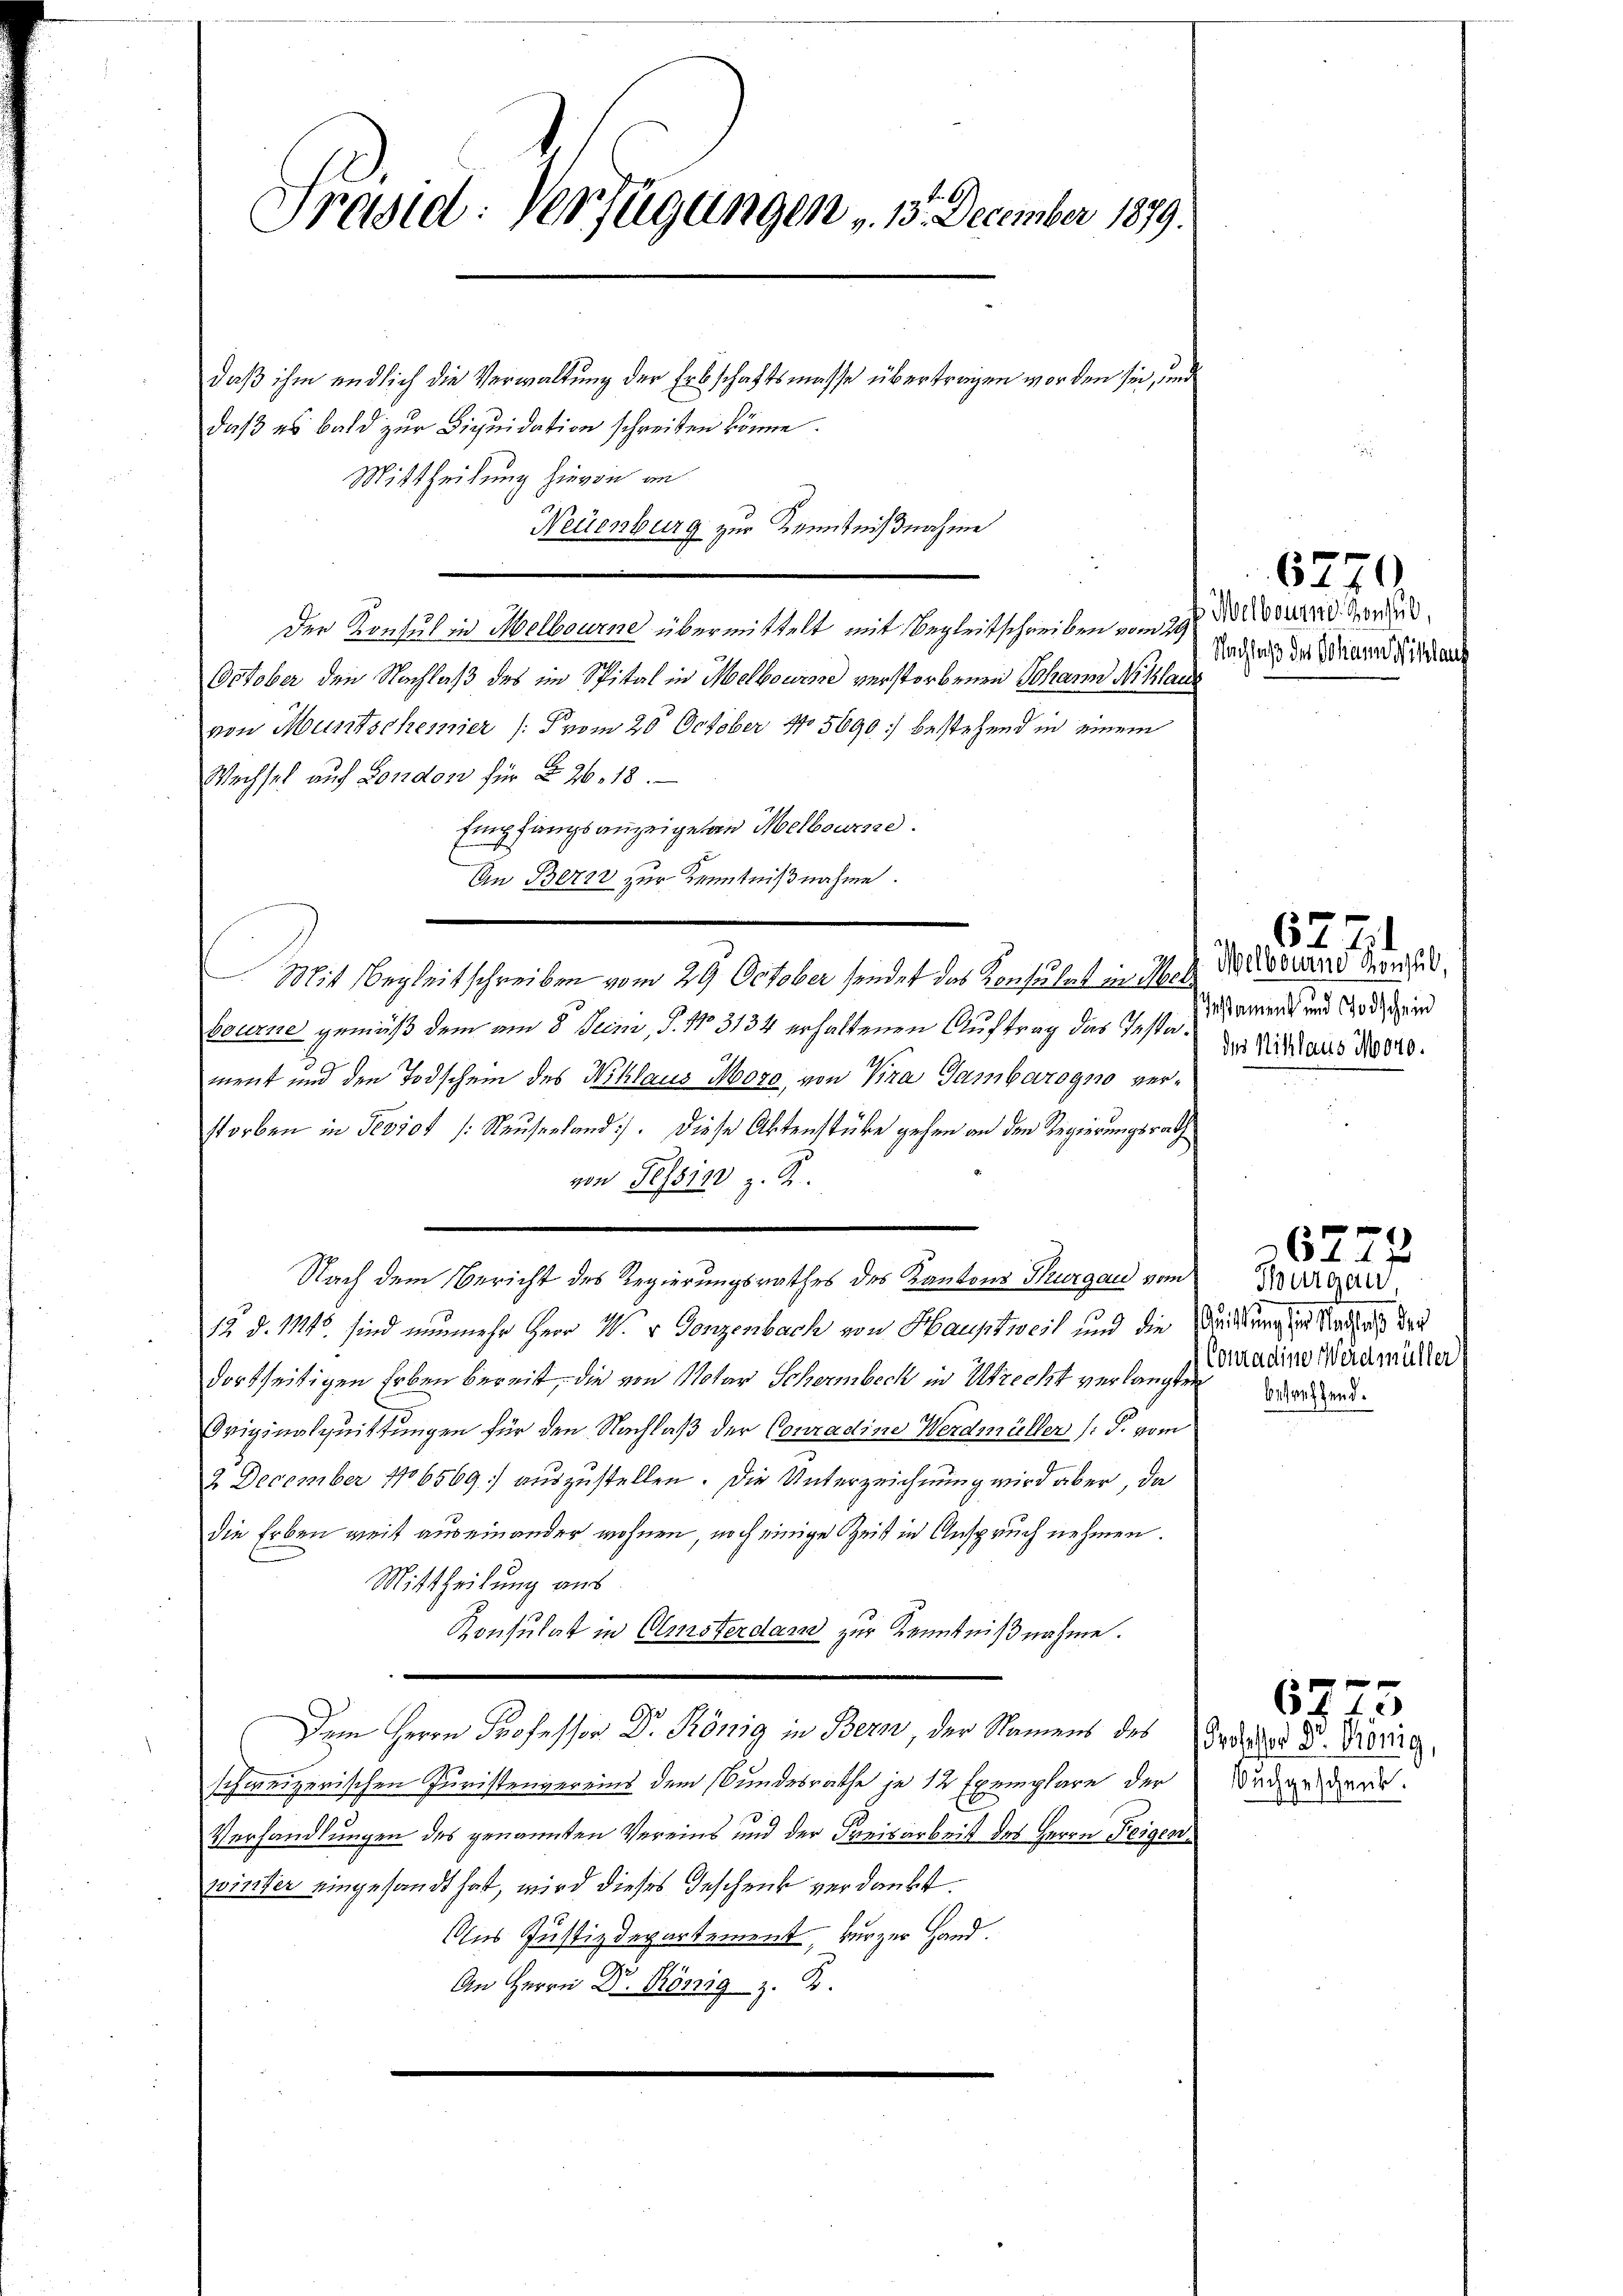
Tradid: Verfügungen v. 13. December 1879.
daß ihm endlich die Verwaltung der Erbschaftsmasse übertragen worden sei, und
daß es bald zur Liquidation schreiben könne.

Mittheilung hievon an
Der Konsul in Melbourne übermittelt mit Begleitschreiben vom 29
October den Nachlaß des im Spital in Melbourse verstorbenen Johann Niklar
von Muntscheiner (vom 20. October No 5690 bestehend in einem
Wechsel auf London für § 26. 18.
Empfangsanzeige an Melbourse.
An Bern zur Kenntnißnahme.
Mit Begleitschreiben vom 29 October sendet das Konsulat in Meckbourne gemäß dem am 8 Peci, P. Nr. 3134 erhaltenen Auftrag das Testament und den Todschein des Niklaus More, von Pira Gamborogno verstorben in Te310f /: Neusenland. Diese Aktenstücke gehen an den Regierungsrath
von Tessin z. R.
Nach dem Bericht des Regierungsrathes des Kantons Thurgau vom
12. d. Mts. sind nunmehr Herr W. v. Gonzenbach von Hauptweil und die
dortseitigen Erben bereit, die von Notar Schermbeck in Utrecht verlangte
Originalquittungen für den Nachlaß der Conradine Werdmüller (: P. vom
2 December 106569 auszustellen. Die Unterzeichnung wird aber, da
die Erben weit auseinander wohnen, noch einige Zeit in Anspruch nehmen.
Mittheilung aus
Konsulat in Umsterdand zur Kenntnißnahme.
Dem Herrn Professor Dr. Köng in Bern der Namens des
schweizerischen Juristenvereins dem Bundesrathe je 12 Exemplare der
Verhandlungen des genannten Vereins und der Freisarbeit des Herrn Feigenpiriter eingesandt hat, wird dieses Geschenk verdankt.
Aus Justizdepartement, kurzer Hand.
An Herrn Dr. König z. B.

Neuenburg zur Kenntnißnahme

6770
Melbourni Consul,
Nachlaß des Johann Niklau

6771
Welbourne Konsul,
estament und Todschein
des Niklaus Mooro.

Thurgau
Quittung sind Nachlaß der
Conradine Werdmüller
betreffend.

xx
 f 4 x

6773
h Professor Dr. König,
Buchgeschenk.